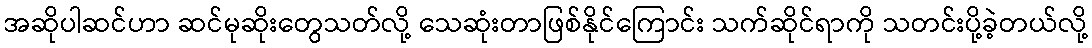
အဆိုပါဆင်ဟာ ဆင်မုဆိုးတွေသတ်လို့ သေဆုံးတာဖြစ်နိုင်ကြောင်း သက်ဆိုင်ရာကို သတင်းပို့ခဲ့တယ်လို့